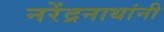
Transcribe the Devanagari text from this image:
नरेंद्रनाथांनी